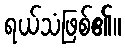
ရယ်သံဖြစ်၏။